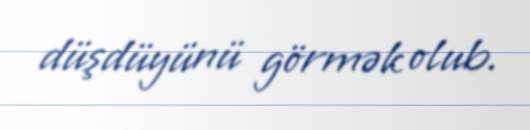
düşdüyünü görmək olub.